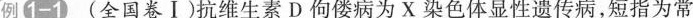
例1-1(全国卷Ⅰ)抗维生素D佝偻病为X染色体显性遗传病，短指为常